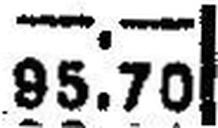
95.50